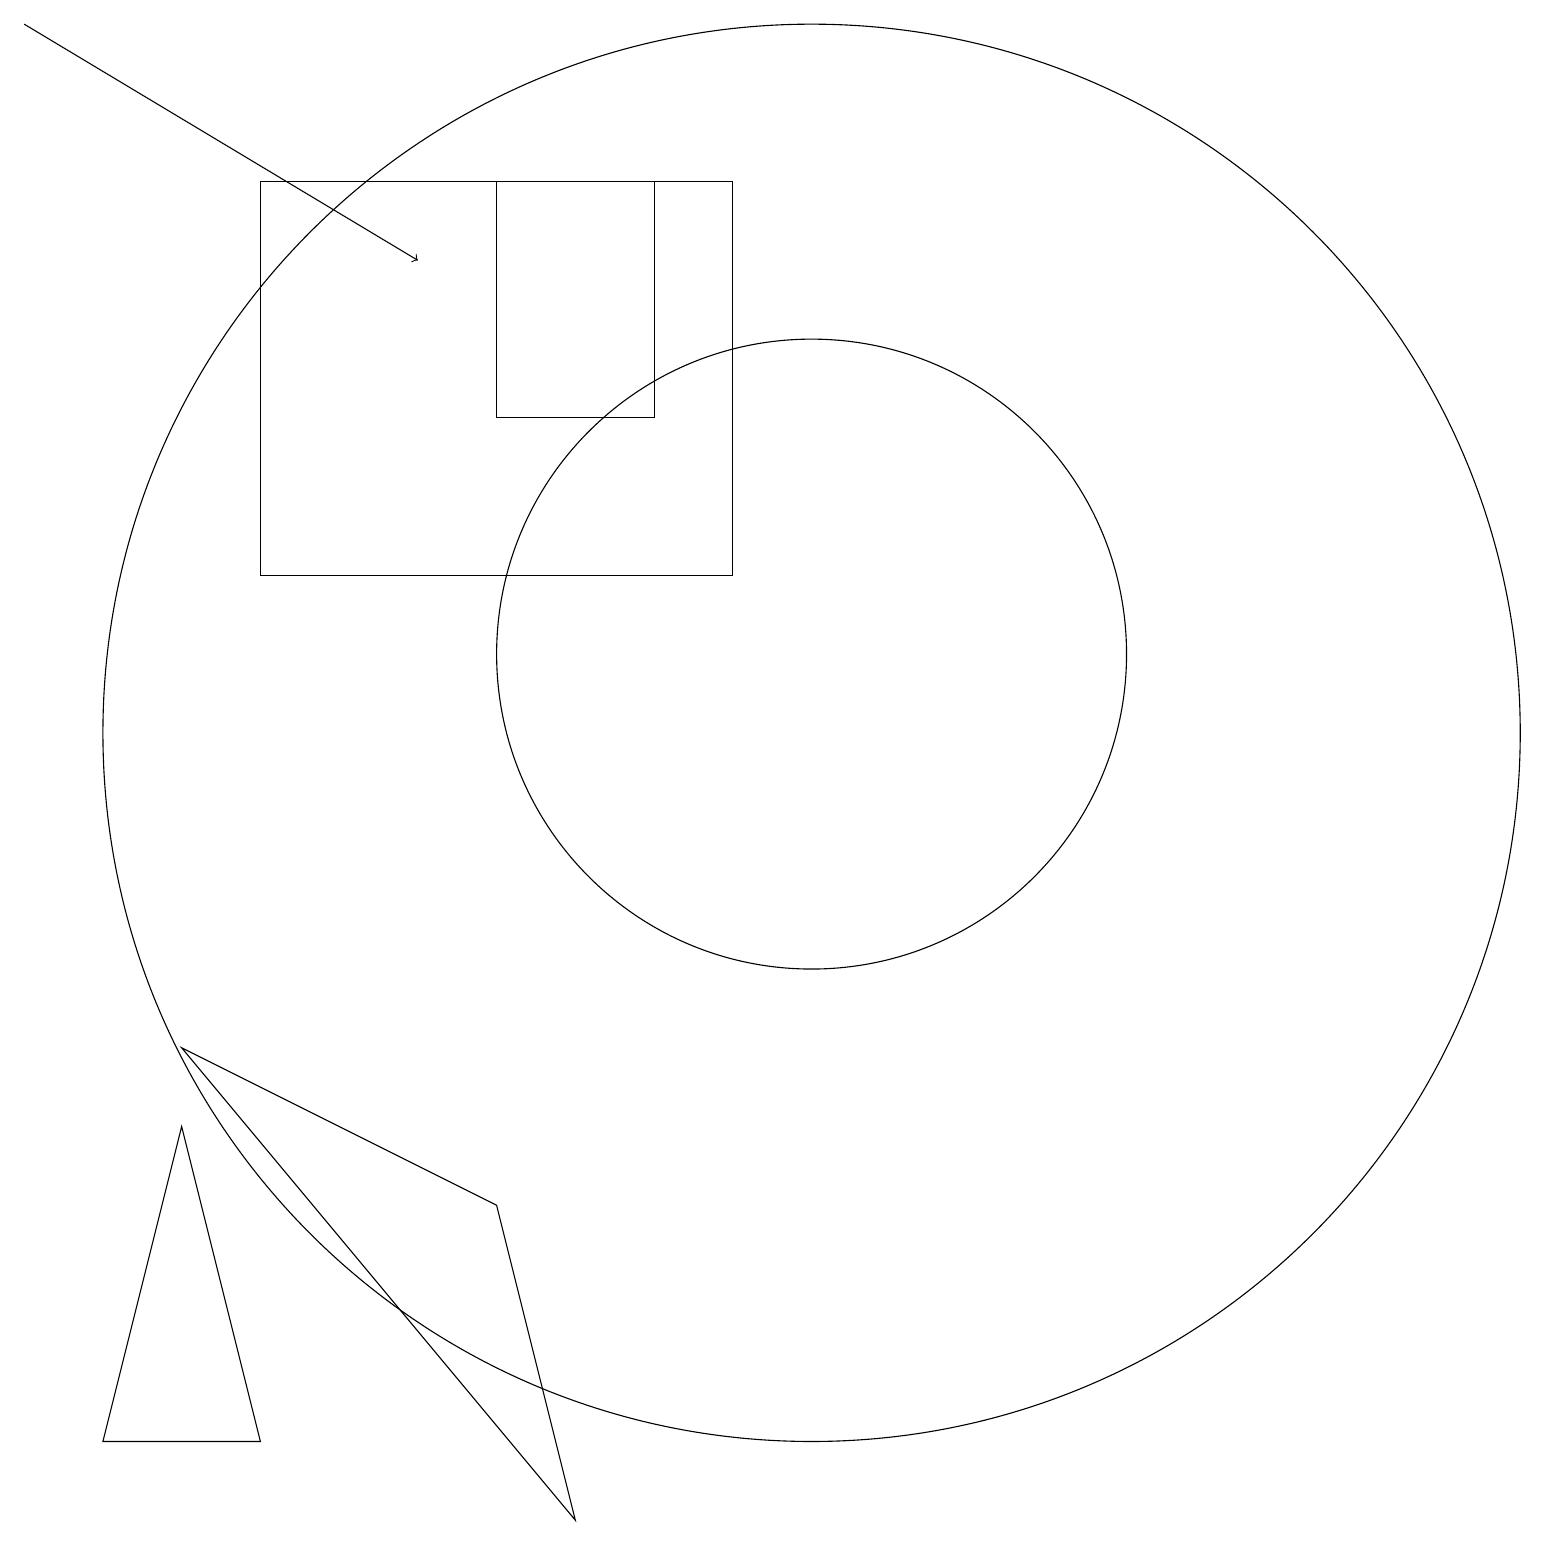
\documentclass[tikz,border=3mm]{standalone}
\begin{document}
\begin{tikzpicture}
\draw (10,10) circle (9);
\draw (10,11) circle (4);
\draw (1,1) -- (3,1) -- (2,5) -- cycle;
\draw (8,14) rectangle (6,17);
\draw (4,17) rectangle (6,17);
\draw (2,6) -- (6,4) -- (7,0) -- cycle;
\draw (9,17) rectangle (3,12);
\draw[->] (0,19) -- (5,16);
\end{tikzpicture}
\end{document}